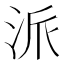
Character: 派